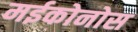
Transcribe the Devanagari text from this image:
मईकोनोस